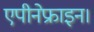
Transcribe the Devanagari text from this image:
एपीनेफ्राइन।